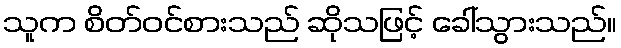
သူက စိတ်ဝင်စားသည် ဆိုသဖြင့် ခေါ်သွားသည်။